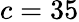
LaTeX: c=35